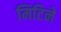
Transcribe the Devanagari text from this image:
मिटिने